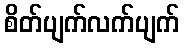
စိတ်ပျက်လက်ပျက်